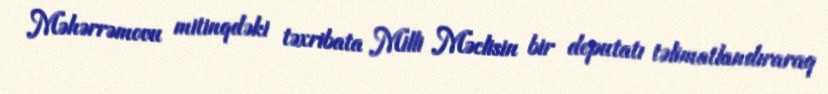
Məhərrəmovu mitinqdəki təxribata Milli Məclisin bir deputatı təlimatlandıraraq